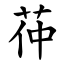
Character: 茽